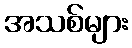
အသစ်များ